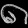
Digit: ၈